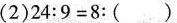
(2)$$2 4 : 9 = 8 : ( )$$